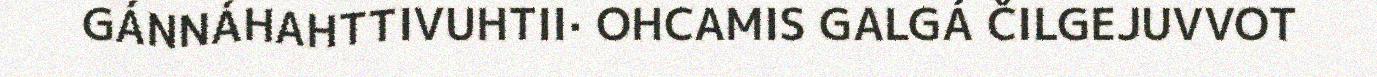
GÁNNÁHAHTTIVUHTII· OHCAMIS GALGÁ ČILGEJUVVOT